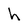
Character: h